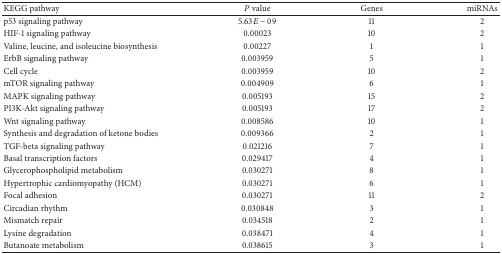
<table><thead><tr><td><b>KEGG pathway</b></td><td><b><i>P</i> value</b></td><td><b>Genes</b></td><td><b>miRNAs</b></td></tr></thead><tbody><tr><td>p53 signaling pathway</td><td>5.63<i>E</i> − 09</td><td>11</td><td>2</td></tr><tr><td>HIF-1 signaling pathway</td><td>0.00023</td><td>10</td><td>2</td></tr><tr><td>Valine, leucine, and isoleucine biosynthesis</td><td>0.00227</td><td>1</td><td>1</td></tr><tr><td>ErbB signaling pathway</td><td>0.003959</td><td>5</td><td>1</td></tr><tr><td>Cell cycle</td><td>0.003959</td><td>10</td><td>2</td></tr><tr><td>mTOR signaling pathway</td><td>0.004909</td><td>6</td><td>1</td></tr><tr><td>MAPK signaling pathway</td><td>0.005193</td><td>15</td><td>2</td></tr><tr><td>PI3K-Akt signaling pathway</td><td>0.005193</td><td>17</td><td>2</td></tr><tr><td>Wnt signaling pathway</td><td>0.008586</td><td>10</td><td>1</td></tr><tr><td>Synthesis and degradation of ketone bodies</td><td>0.009366</td><td>2</td><td>1</td></tr><tr><td>TGF-beta signaling pathway</td><td>0.021216</td><td>7</td><td>1</td></tr><tr><td>Basal transcription factors</td><td>0.029417</td><td>4</td><td>1</td></tr><tr><td>Glycerophospholipid metabolism</td><td>0.030271</td><td>8</td><td>1</td></tr><tr><td>Hypertrophic cardiomyopathy (HCM)</td><td>0.030271</td><td>6</td><td>1</td></tr><tr><td>Focal adhesion</td><td>0.030271</td><td>11</td><td>2</td></tr><tr><td>Circadian rhythm</td><td>0.030848</td><td>3</td><td>1</td></tr><tr><td>Mismatch repair</td><td>0.034518</td><td>2</td><td>1</td></tr><tr><td>Lysine degradation</td><td>0.038471</td><td>4</td><td>1</td></tr><tr><td>Butanoate metabolism</td><td>0.038615</td><td>3</td><td>1</td></tr></tbody></table>